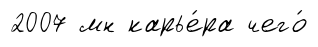
2007 мн карье́ра чего́